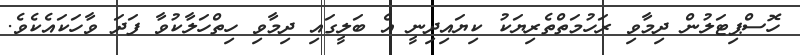
ހޮސްޕިޓަލުން ދިމާވި ރަހުމަތްތެރިޔަކު ކިޔައިދިނީ އެ ބަލީގައި ދިމާވި ހިތްހަލާކުވާ ފަދަ ވާހަކައެކެވެ.